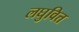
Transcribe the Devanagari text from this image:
लघुवित्त